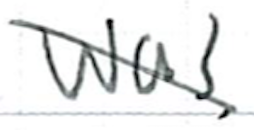
Text: was
Cross-out: diagonal
Writing tool: ballpoint